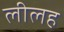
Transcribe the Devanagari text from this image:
लीलह